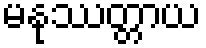
မနုဿတ္တာယ